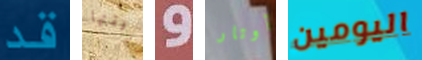
قد برفقتها و أوتار اليومين